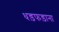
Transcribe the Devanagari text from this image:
धड़फड़ाना